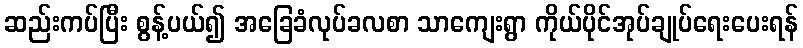
ဆည်းကပ်ပြီး စွန့်ပယ်၍ အခြေခံလုပ်ခလစာ သာကျေးရွာ ကိုယ်ပိုင်အုပ်ချုပ်ရေးပေးရန်